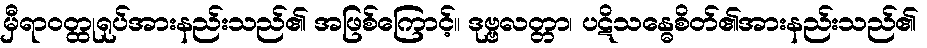
မှီရာဝတ္ထုရုပ်အားနည်းသည်၏ အဖြစ်ကြောင့်။ ဒုဗ္ဗလတ္တာ၊ ပဋိသန္ဓေစိတ်၏အားနည်းသည်၏